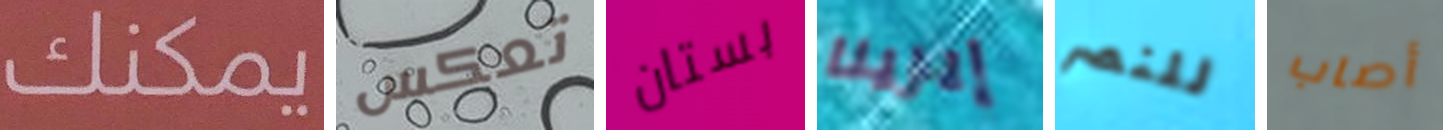
يمكنك تعكس بستان إيرينا للنصر أصاب